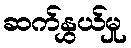
ဆက်နွှယ်မှု